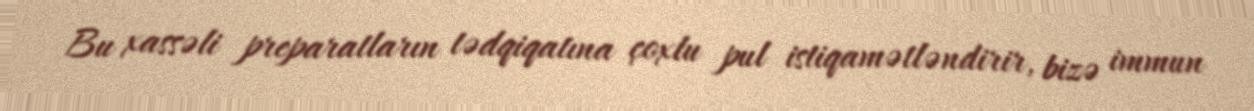
Bu xassəli preparatların tədqiqatına çoxlu pul istiqamətləndirir, bizə immun